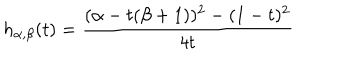
h _ { \alpha , \beta } ( t ) = \frac { ( \alpha - t ( \beta + 1 ) ) ^ { 2 } - ( 1 - t ) ^ { 2 } } { 4 t }